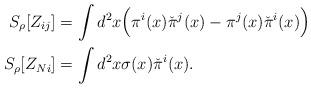
LaTeX: \begin{align*} S_\rho[Z_{ij}] &= \int d^2x\Big(\pi^i(x)\check{\pi}^j(x) - \pi^j(x)\check\pi^i(x)\Big) \\ S_\rho[Z_{Ni}] &= \int d^2x \sigma(x)\check\pi^i(x).\end{align*}